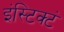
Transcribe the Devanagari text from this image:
इंस्टिक्टं